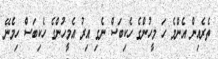
ތެރެއިން އެންމެ ހަ މީހުންގެ ހެކިބަސް ނެގި އިރު އެމީހުންގެ ހެކިބަސް ހިމެނޭ